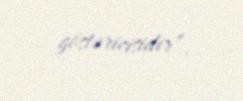
göstəricisidir”.